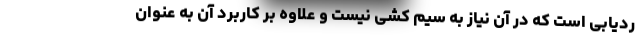
ردیابی است که در آن نیاز به سیم کشی نیست و علاوه بر کاربرد آن به عنوان